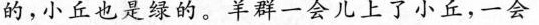
的，小丘也是绿的。羊群一会儿上了小丘，一会